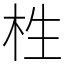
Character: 栍